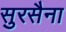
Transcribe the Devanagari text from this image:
सुरसैना